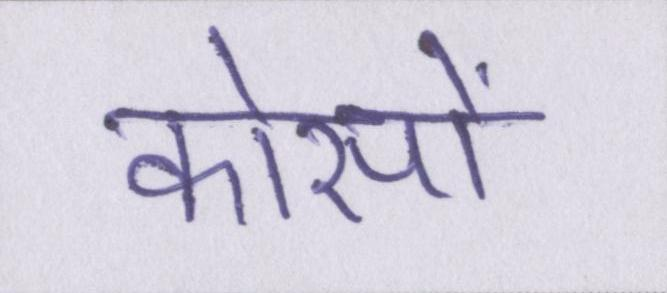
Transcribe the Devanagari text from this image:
कोसों